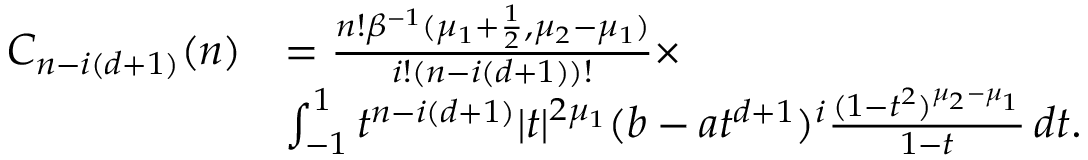
\begin{array} { r l } { C _ { n - i ( d + 1 ) } ( n ) } & { = \frac { n ! \beta ^ { - 1 } ( \mu _ { 1 } + \frac { 1 } { 2 } , \mu _ { 2 } - \mu _ { 1 } ) } { i ! ( n - i ( d + 1 ) ) ! } \times } \\ & { \int _ { - 1 } ^ { 1 } t ^ { n - i ( d + 1 ) } | t | ^ { 2 \mu _ { 1 } } ( b - a t ^ { d + 1 } ) ^ { i } \frac { ( 1 - t ^ { 2 } ) ^ { \mu _ { 2 } - \mu _ { 1 } } } { { 1 - t } } \, d t . } \end{array}